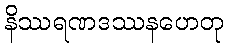
နိဿရဏဒဿနဟေတု